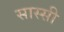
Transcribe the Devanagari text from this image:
सास्सी